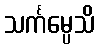
သင်္ကမ္ပေသိ